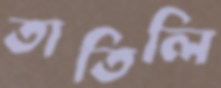
তাতিলি